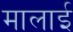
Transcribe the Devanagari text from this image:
मालाई